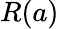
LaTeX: R(a)